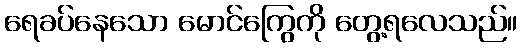
ရေခပ်နေသော မောင်ကြွေကို တွေ့ရလေသည်။